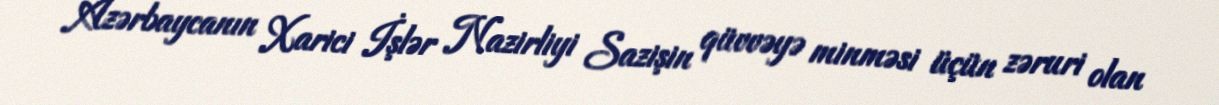
Azərbaycanın Xarici İşlər Nazirliyi Sazişin qüvvəyə minməsi üçün zəruri olan